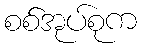
စစ်အုပ်စုက